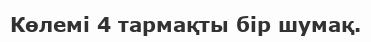
Көлемі 4 тармақты бір шумақ.